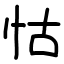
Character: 怙